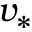
v _ { * }